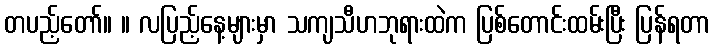
တပည့်တော်။ ။ လပြည့်နေ့များမှာ သကျသီဟဘုရားထဲက ပြစ်တောင်းထမ်းပြီး ပြန်ရတာ